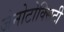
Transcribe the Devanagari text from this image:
जेनोटोक्सिटी